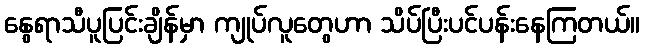
နွေရာသီပူပြင်းချိန်မှာ ကျုပ်လူတွေဟာ သိပ်ပြီးပင်ပန်းနေကြတယ်။